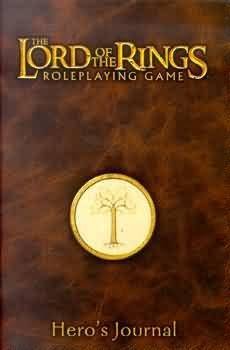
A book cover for Hero's Journal (The Lord of the Rings Roleplaying Game); Decipher RPG; Science Fiction & Fantasy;